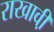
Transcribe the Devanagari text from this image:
राखावी़